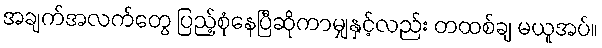
အချက်အလက်တွေ ပြည့်စုံနေပြီဆိုကာမျှနှင့်လည်း တထစ်ချ မယူအပ်။